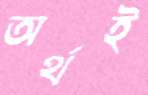
অর্থই